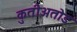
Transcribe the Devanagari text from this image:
कुतीअतोड